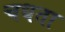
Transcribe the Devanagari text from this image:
चधता